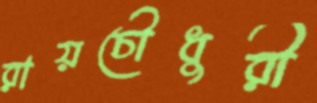
রায়চৌধুরী